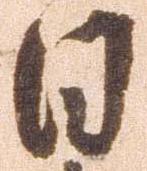
日